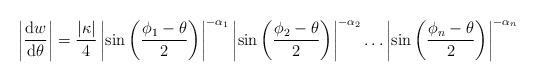
LaTeX: \begin{align*}\left\vert\frac{\mathrm{d}w}{\mathrm{d}\theta}\right\vert=\frac{\left\vert\kappa\right\vert}{4}\left\vert\sin\left(\frac{\phi_1-\theta}{2}\right)\right\vert^{-\alpha_1}\left\vert\sin\left(\frac{\phi_2-\theta}{2}\right)\right\vert^{-\alpha_2}\ldots\left\vert\sin\left(\frac{\phi_n-\theta}{2}\right)\right\vert^{-\alpha_n}\end{align*}